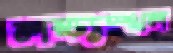
লক্ষ্যস্থল